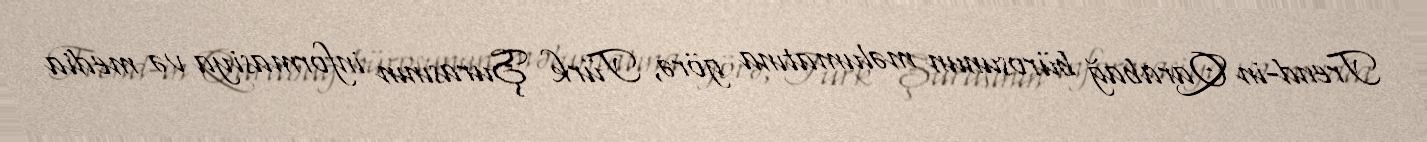
Trend-in Qarabağ bürosunun məlumatına görə, Türk Şurasının informasiya və media